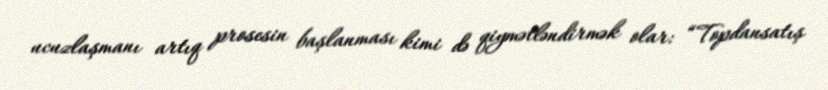
ucuzlaşmanı artıq prosesin başlanması kimi də qiymətləndirmək olar: “Topdansatış